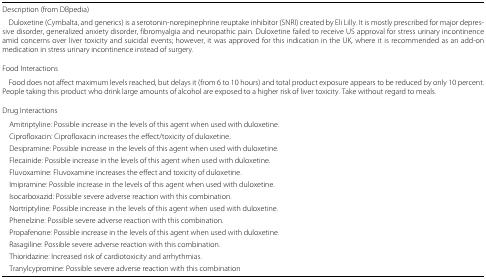
| Description (from DBpedia) |
 | --- |
 | Duloxetine (Cymbalta, and generics) is a serotonin-norepinephrine reuptake inhibitor (SNRI) created by Eli Lilly. It is mostly prescribed for major depressive disorder, generalized anxiety disorder, fibromyalgia and neuropathic pain. Duloxetine failed to receive US approval for stress urinary incontinence amid concerns over liver toxicity and suicidal events; however, it was approved for this indication in the UK, where it is recommended as an add-on medication in stress urinary incontinence instead of surgery. |
 | Food Interactions |
 | Food does not affect maximum levels reached, but delays it (from 6 to 10 hours) and total product exposure appears to be reduced by only 10 percent. People taking this product who drink large amounts of alcohol are exposed to a higher risk of liver toxicity. Take without regard to meals. |
 | Drug Interactions |
 | Amitriptyline: Possible increase in the levels of this agent when used with duloxetine. |
 | Ciprofloxacin: Ciprofloxacin increases the effect/toxicity of duloxetine. |
 | Desipramine: Possible increase in the levels of this agent when used with duloxetine. |
 | Flecainide: Possible increase in the levels of this agent when used with duloxetine. |
 | Fluvoxamine: Fluvoxamine increases the effect and toxicity of duloxetine. |
 | Imipramine: Possible increase in the levels of this agent when used with duloxetine. |
 | Isocarboxazid: Possible severe adverse reaction with this combination. |
 | Nortriptyline: Possible increase in the levels of this agent when used with duloxetine. |
 | Phenelzine: Possible severe adverse reaction with this combination. |
 | Propafenone: Possible increase in the levels of this agent when used with duloxetine. |
 | Rasagiline: Possible severe adverse reaction with this combination. |
 | Thioridazine: Increased risk of cardiotoxicity and arrhythmias. |
 | Tranylcypromine: Possible severe adverse reaction with this combination |